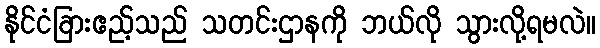
နိုင်ငံခြားဧည့်သည် သတင်းဌာနကို ဘယ်လို သွားလို့ရမလဲ။